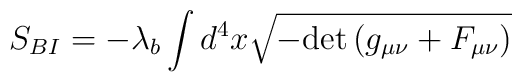
S_{BI}=-\lambda_b \int{d^4x \sqrt{-{\rm det}\left(g_{\mu \nu}+F_{\mu \nu}\right)}}